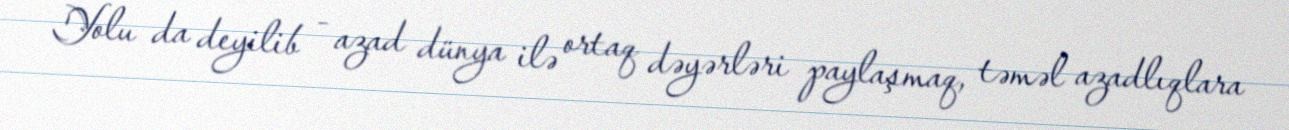
Yolu da deyilib - azad dünya ilə ortaq dəyərləri paylaşmaq, təməl azadlıqlara